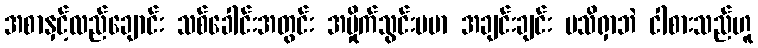
အစာနှင့်လည်ချောင်း သစ်ခေါင်းအတွင်း အမှိုက်သွင်းပမာ အချင်းချင်း မသိရှာဘဲ ငါစားသည်ဟူ